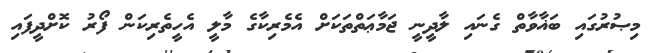
މިޞުރުގައި ބަޣާވާތް ގެނައި ލާދީނީ ޖަމާޢަތްތަކަށް އެމެރިކާގެ މާލީ އެހީތެރިކަން ފޯރު ކޮށްދީފައި